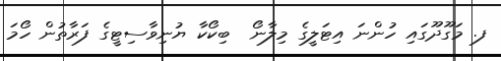
ފ. މަގޫދޫގައި ހުންނަ އިޓަލީގެ މިލާނޯ  ބިކޯކާ ޔުނިވާސިޓީގެ ފަރާތުން ހޯމަ